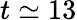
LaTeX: t\simeq 13